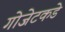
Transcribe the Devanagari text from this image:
गोजेटकडे